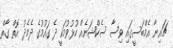
ޗައިނާ އެމްބަސީގައި ވިސާ ސެކްޝަނެއް ހުޅުވުމަކީ ދެ ގައުމުގެ ދެމެދު އޮތް ގާތް